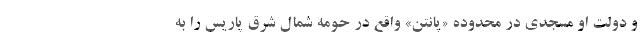
و دولت او مسجدی در محدوده «پانتن» واقع در حومه شمال شرق پاریس را به